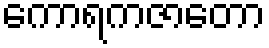
ကောရကဇာတော